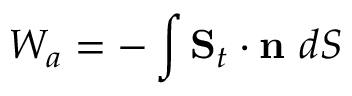
W _ { a } = - \int \mathbf { S } _ { t } \cdot \mathbf { n } ~ d S